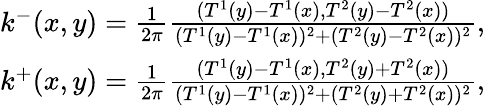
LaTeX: \begin{array}{r}{k^{-}(x,y)=\frac{1}{2\pi}\frac{(T^{1}(y)-T^{1}(x),T^{2}(y)-T^{2}(x))}{(T^{1}(y)-T^{1}(x))^{2}+(T^{2}(y)-T^{2}(x))^{2}},}\\ {k^{+}(x,y)=\frac{1}{2\pi}\frac{(T^{1}(y)-T^{1}(x),T^{2}(y)+T^{2}(x))}{(T^{1}(y)-T^{1}(x))^{2}+(T^{2}(y)+T^{2}(x))^{2}},}\end{array}